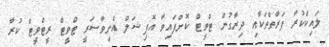
ލައިކްކުރާ ފަރާތްތަކާއި ދިރާގުން ޓްވީޓް ކޮށްފައިވާ އޮފިޝަލް އެނިވާސަރީ ޓްވީޓް ރީޓްވީޓް ކުރާ